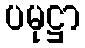
ပမုဋ္ဌာ